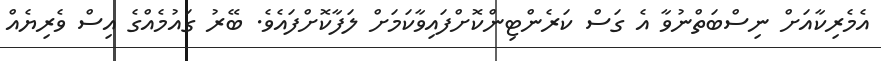
އެމެރިކާއަށް ނިސްބަތްނުވާ އެ ގަސް ކަރެންޓިންކޮށްފައިވާކަމަށް ލަފާކޮށްފައެވެ. ބޭރު ގައުމެއްގެ އިސް ވެރިޔެއް